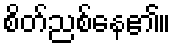
စိတ်ညစ်နေ၏။